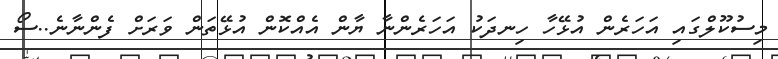
މިސުކޫލްގައި އަހަރެން އުޅޭހާ ހިނދަކު އަހަރެންނާ ޔާން އެއްކޮން އުޅޭތަން ވަރަށް ފެންނާނެ..ސޯ